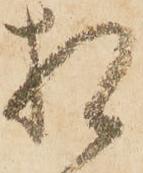
相